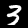
Digit: 3